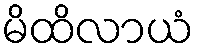
မိထိလာယံ